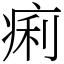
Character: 痢